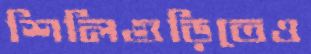
শিলিগুড়িতেও